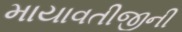
માયાવતીજીની